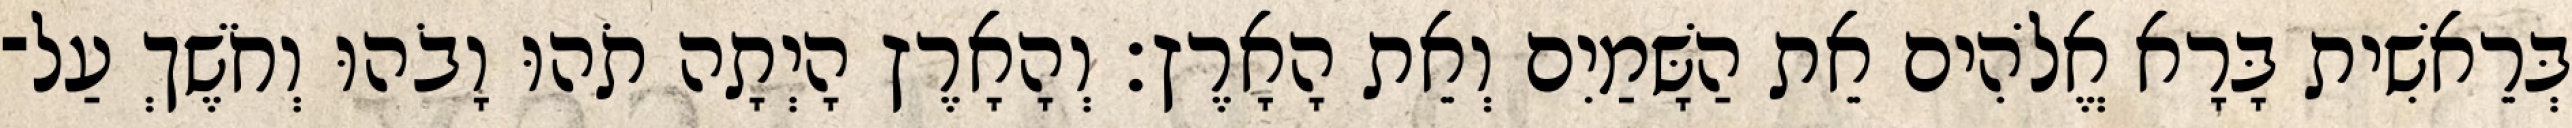
בְּרֵאשִׁית בָּרָא אֱלֹהִים אֵת הַשָּׁמַיִם וְאֵת הָאָרֶץ׃ וְהָאָרֶץ הָיְתָה תֹהוּ וָבֹהוּ וְחֹשֶׁךְ עַל־